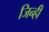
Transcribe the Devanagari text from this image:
जिन्ही